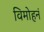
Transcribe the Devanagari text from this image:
विमोहनं